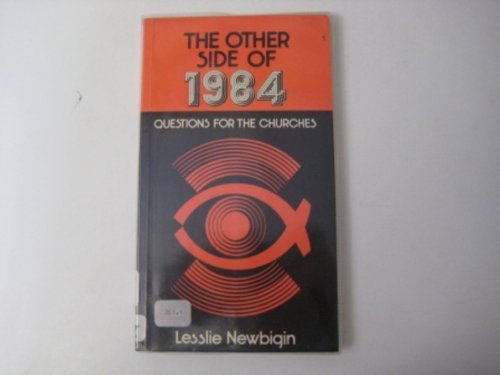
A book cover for The Other Side of 1984: Questions for the Churches-#18 (Risk Book Series); Lesslie Newbigin; Religion & Spirituality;